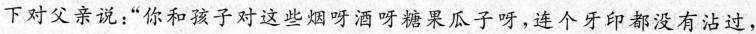
下对父亲说“你和孩子对这些烟呀酒呀糖果瓜子呀,连个牙印都没有沾过，